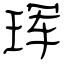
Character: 珲